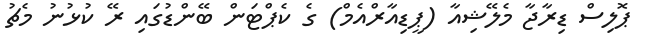
ޕޮލިސް ޑިރާޖާ މެލޭޝިއާ (ޕީޑިއާރްއެމް) ގެ ކެޕްޓަން ބޭންޑުގައި ރޭ ކުޅުނު މެޗު